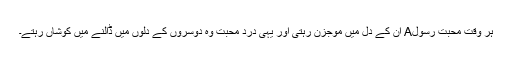
ہر وقت محبت رسولA ان کے دل میں موجزن رہتی اور یہی دردِ محبت وہ دوسروں کے دلوں میں ڈالنے میں کوشاں رہتے۔